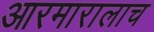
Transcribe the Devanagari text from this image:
आरमारालाच